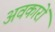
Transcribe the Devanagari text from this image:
अवकारों